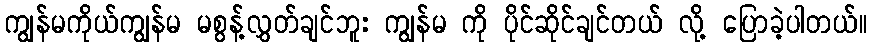
ကျွန်မကိုယ်ကျွန်မ မစွန့်လွှတ်ချင်ဘူး ကျွန်မ ကို ပိုင်ဆိုင်ချင်တယ် လို့ ပြောခဲ့ပါတယ်။